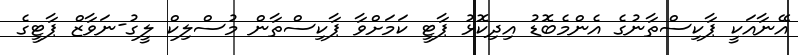
އޭނާއަކީ ޕާކިސްތާނުގެ އެންމެބޮޑު އިދިކޮޅު ޕާޓީ ކަމަށްވާ ޕާކިސްތާން މުސްލިކް ލީގު-ނަވާޒް ޕާޓީގެ